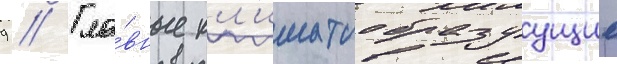
9 // Гла́вные кл'иматообразуущие